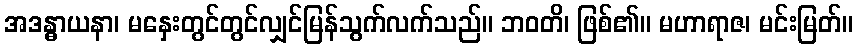
အဒန္ဓာယနာ၊ မနှေးတွင်တွင်လျှင်မြန်သွက်လက်သည်။ ဘဝတိ၊ ဖြစ်၏။ မဟာရာဇ၊ မင်းမြတ်။